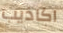
اكاذيب